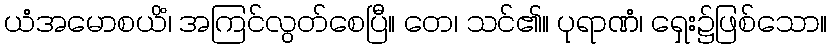
ယံအမောစယိံ၊ အကြင်လွတ်စေပြီ။ တေ၊ သင်၏။ ပုရာဏံ၊ ရှေး၌ဖြစ်သော။